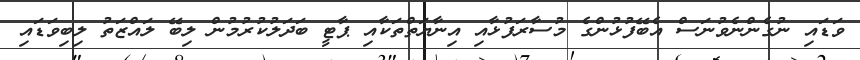
ވަޑައި ނުގެންނެވުނަސް އެބޭފުޅުންގެ މުސާރަފުޅާއި އިނާޔަތްތަކާއި ޕާޓީ ބަދަލުކުރުމުން ލިބޭ ލައްޒަތު ލިބިވަޑައި